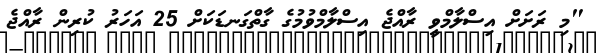
"މި ރަށަށް އިސްލާމްވީ ރާއްޖެ އިސްލާމްވުމުގެ ގާތްގަނޑަކަށް 25 އަހަރު ކުރިން ރާއްޖެ